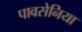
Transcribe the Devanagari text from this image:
पावसेनिया